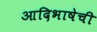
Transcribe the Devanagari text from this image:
आदिभाषेची